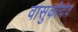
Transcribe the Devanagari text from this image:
वासुकीदेव